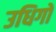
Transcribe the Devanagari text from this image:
उधिगो